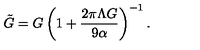
\tilde { G } = G \left( 1 + \frac { 2 \pi \Lambda G } { 9 \alpha } \right) ^ { - 1 } .